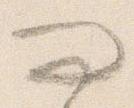
問